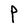
Character: P